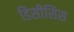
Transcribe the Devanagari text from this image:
डिसीसिस